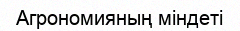
Агрономияның міндеті